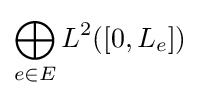
\bigoplus _{e\in E}L^{2}([0,L_{e}])